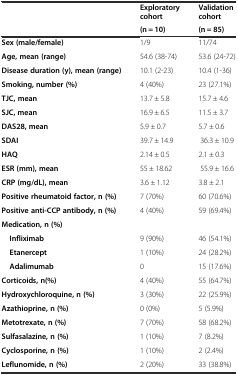
<table><thead><tr><td></td><td><b>Exploratory cohort</b></td><td><b>Validation cohort</b></td></tr><tr><td></td><td><b>(n = 10)</b></td><td><b>(n = 85)</b></td></tr></thead><tbody><tr><td><b>Sex (male/female)</b></td><td>1/9</td><td>11/74</td></tr><tr><td><b>Age, mean (range)</b></td><td>54.6 (38-74)</td><td>53.6 (24-72)</td></tr><tr><td><b>Disease duration (y), mean (range)</b></td><td>10.1 (2-23)</td><td>10.4 (1-36)</td></tr><tr><td><b>Smoking, number (%)</b></td><td>4 (40%)</td><td>23 (27.1%)</td></tr><tr><td><b>TJC, mean</b></td><td>13.7 ± 5.8</td><td>15.7 ± 4.6</td></tr><tr><td><b>SJC, mean</b></td><td>16.9 ± 6.5</td><td>11.5 ± 3.7</td></tr><tr><td><b>DAS28, mean</b></td><td>5.9 ± 0.7</td><td>5.7 ± 0.6</td></tr><tr><td><b>SDAI</b></td><td>39.7 ± 14.9</td><td>36.3 ± 10.9</td></tr><tr><td><b>HAQ</b></td><td>2.14 ± 0.5</td><td>2.1 ± 0.3</td></tr><tr><td><b>ESR (mm), mean</b></td><td>55 ± 18.62</td><td>55.9 ± 16.6</td></tr><tr><td><b>CRP (mg/dL), mean</b></td><td>3.6 ± 1.12</td><td>3.8 ± 2.1</td></tr><tr><td><b>Positive rheumatoid factor, n (%)</b></td><td>7 (70%)</td><td>60 (70.6%)</td></tr><tr><td><b>Positive anti-CCP antibody, n (%)</b></td><td>4 (40%)</td><td>59 (69.4%)</td></tr><tr><td><b>Medication, n (%)</b></td><td></td><td></td></tr><tr><td> <b>Infliximab</b></td><td>9 (90%)</td><td>46 (54.1%)</td></tr><tr><td> <b>Etanercept</b></td><td>1 (10%)</td><td>24 (28.2%)</td></tr><tr><td> <b>Adalimumab</b></td><td>0</td><td>15 (17.6%)</td></tr><tr><td><b>Corticoids, n(%)</b></td><td>4 (40%)</td><td>55 (64.7%)</td></tr><tr><td><b>Hydroxychloroquine, n (%)</b></td><td>3 (30%)</td><td>22 (25.9%)</td></tr><tr><td><b>Azathioprine, n (%)</b></td><td>0 (0%)</td><td>5 (5.9%)</td></tr><tr><td><b>Metotrexate, n (%)</b></td><td>7 (70%)</td><td>58 (68.2%)</td></tr><tr><td><b>Sulfasalazine, n (%)</b></td><td>1 (10%)</td><td>7 (8.2%)</td></tr><tr><td><b>Cyclosporine, n (%)</b></td><td>1 (10%)</td><td>2 (2.4%)</td></tr><tr><td><b>Leflunomide, n (%)</b></td><td>2 (20%)</td><td>33 (38.8%)</td></tr></tbody></table>